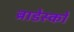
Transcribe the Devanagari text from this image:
ब्राडेस्को